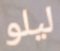
ليلو